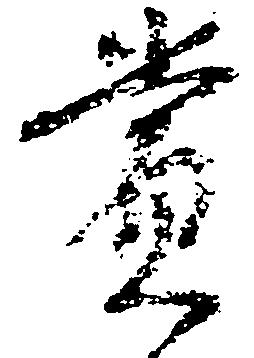
賞